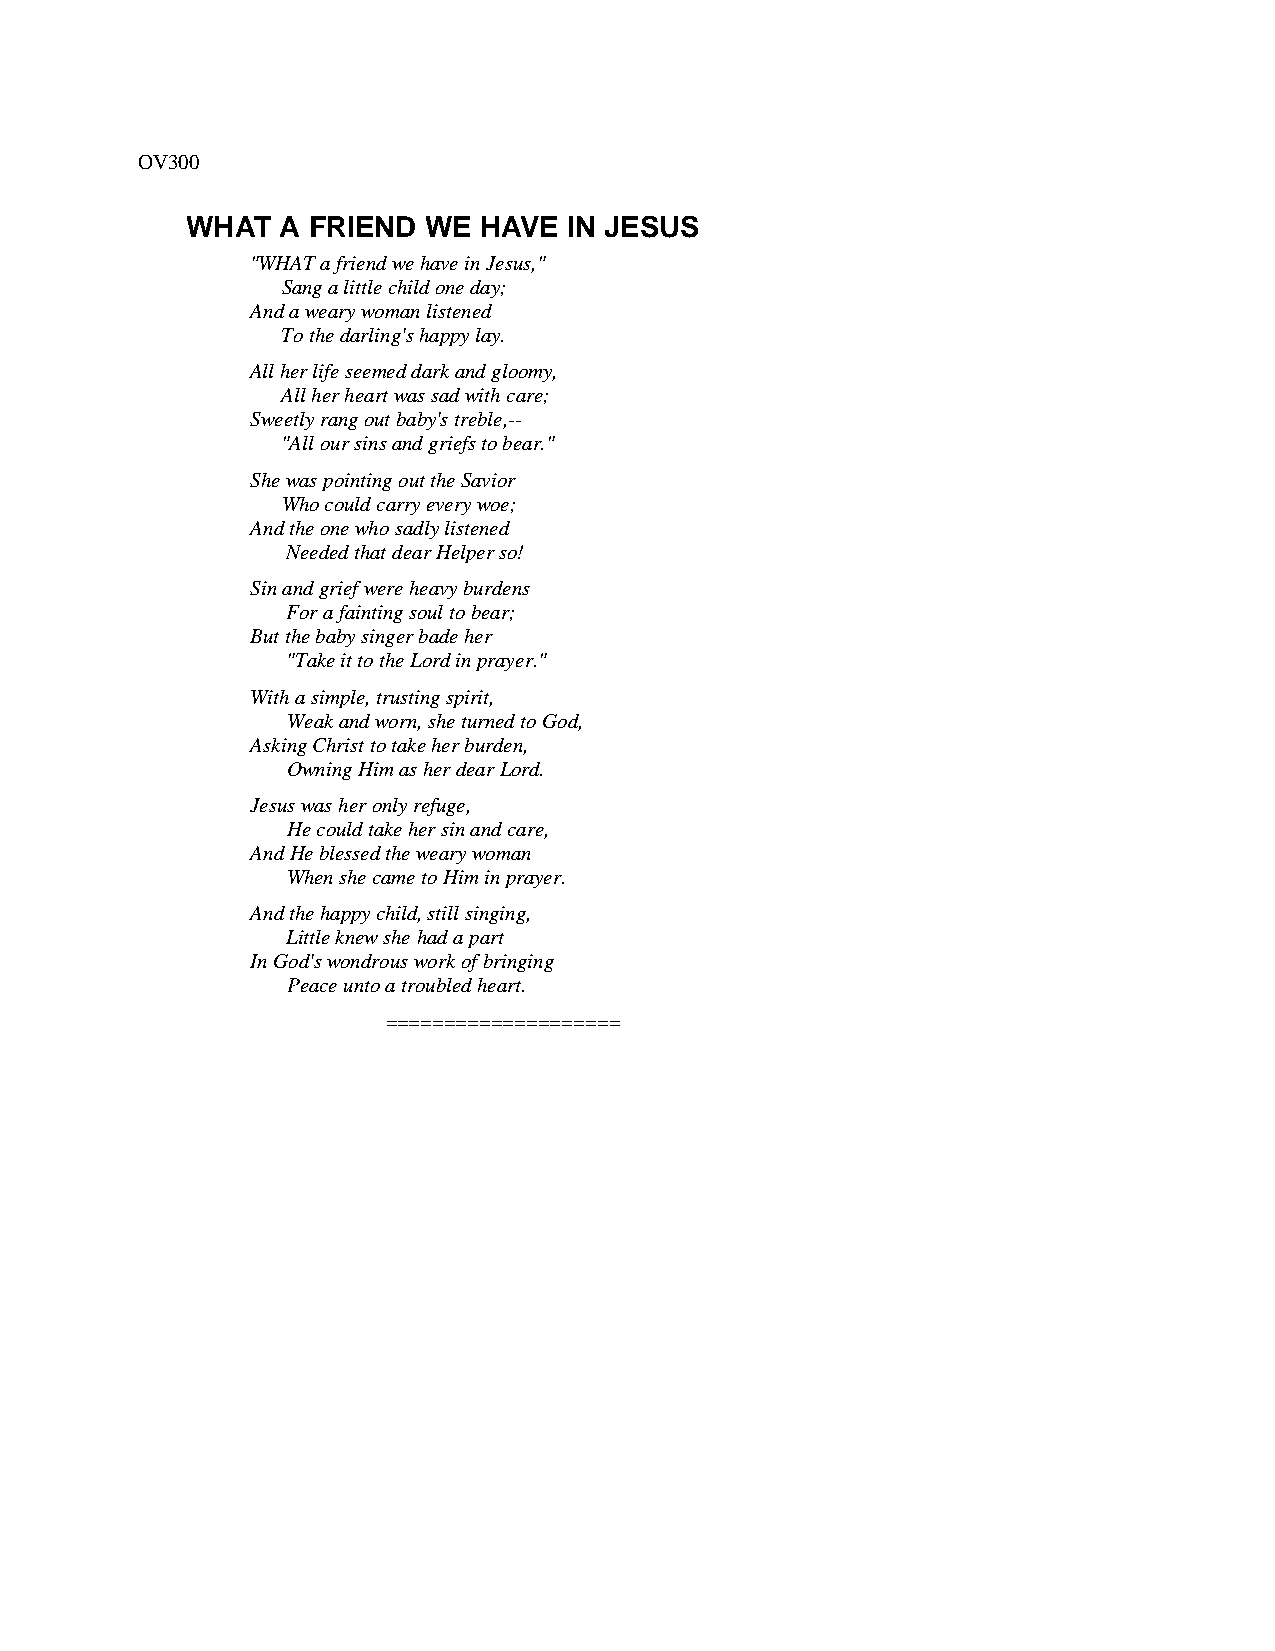
OV300
 WHAT   A FRIEND WE  HAVE  IN JESUS
 "WHAT a friend we have in Jesus,"
 Sang a little child one day;
 And a weary woman listened
 To the darling's happy lay.
 All her life seemed dark and gloomy,
 All her heart was sad with care;
 Sweetly rang out baby's treble,--
 "All our sins and griefs to bear."
 She was pointing out the Savior
 Who could carry every woe;
 And the one who sadly listened
 Needed that dear Helper so!
 Sin and grief were heavy burdens
 For a fainting soul to bear;
 But the baby singer bade her
 "Take it to the Lord in prayer."
 With a simple, trusting spirit,
 Weak and worn, she turned to God,
 Asking Christ to take her burden,
 Owning Him as her dear Lord.
 Jesus was her only refuge,
 He could take her sin and care,
 And He blessed the weary woman
 When she came to Him in prayer.
 And the happy child, still singing,
 Little knew she had a part
 In God's wondrous work of bringing
 Peace unto a troubled heart.
 ====================